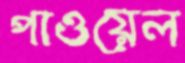
পাওয়েল